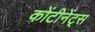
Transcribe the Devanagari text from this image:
कोंटीनेंट्स